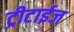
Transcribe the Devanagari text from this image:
ट्रीटाईज